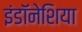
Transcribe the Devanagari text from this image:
इंडॉनेशिया